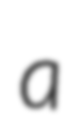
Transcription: a